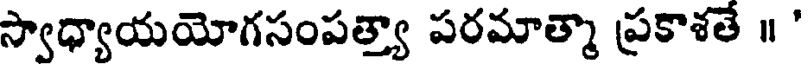
స్వాధ్యాయయోగసంపత్త్యా పరమాత్మా ప్రకాశతే ॥ '